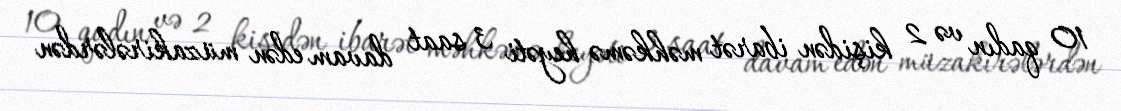
10 qadın və 2 kişidən ibarət məhkəmə heyəti 3 saat davam edən müzakirələrdən